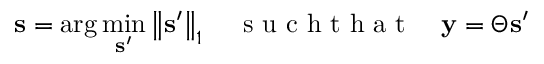
\mathbf { s } = \arg \operatorname* { m i n } _ { \mathbf { s } ^ { \prime } } \left\| \mathbf { s } ^ { \prime } \right\| _ { 1 } \quad \mathrm { ~ s ~ u ~ c ~ h ~ t ~ h ~ a ~ t ~ } \quad \mathbf { y } = \boldsymbol { \Theta } \mathbf { s } ^ { \prime }